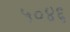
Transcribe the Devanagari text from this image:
५०४६